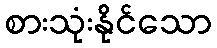
စားသုံးနိုင်သော